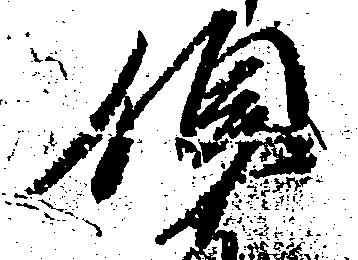
領